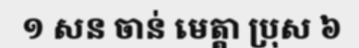
១ សន ចាន់ មេត្តា ប្រុស ៦